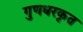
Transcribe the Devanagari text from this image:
गुणधरकृत